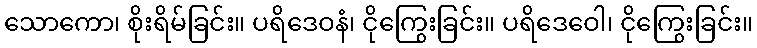
သောကော၊ စိုးရိမ်ခြင်း။ ပရိဒေဝနံ၊ ငိုကြွေးခြင်း။ ပရိဒေဝေါ၊ ငိုကြွေးခြင်း။